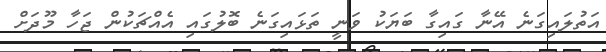
އަތުލައިގަނެ އޭނާ ގައިގާ ބަޔަކު ވަނީ ތަޅައިގަނެ ބޮލުގައި އެއްޗަކުން ޖަހާ މޫދަށް